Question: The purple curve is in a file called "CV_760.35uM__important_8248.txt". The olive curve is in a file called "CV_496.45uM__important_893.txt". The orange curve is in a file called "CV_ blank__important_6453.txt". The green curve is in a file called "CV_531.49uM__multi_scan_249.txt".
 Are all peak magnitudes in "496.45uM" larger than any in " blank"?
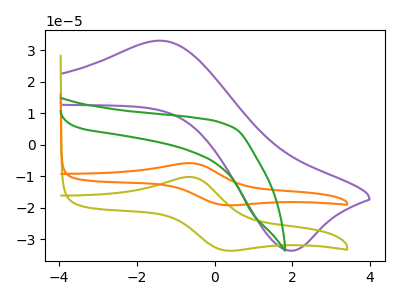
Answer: <think>The purple curve "760.35uM" has an anodic peak at (-1.35V, 33.10uA) and a cathodic peak at (1.90V, -33.65uA). The olive curve "496.45uM" has an anodic peak at (-0.60V, -10.25uA) and a cathodic peak at (0.25V, -33.60uA). The orange curve " blank" has an anodic peak at (-0.60V, -5.85uA) and a cathodic peak at (0.25V, -19.20uA). The green curve "531.49uM" has no peaks.</think>
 <answer>The peaks in "496.45uM" are neither all higher or all lower than the peaks in " blank".</answer>
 <eval>mixed</eval>